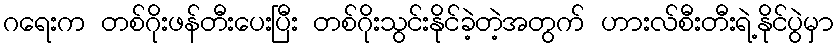
ဂရေးက တစ်ဂိုးဖန်တီးပေးပြီး တစ်ဂိုးသွင်းနိုင်ခဲ့တဲ့အတွက် ဟားလ်စီးတီးရဲ့နိုင်ပွဲမှာ